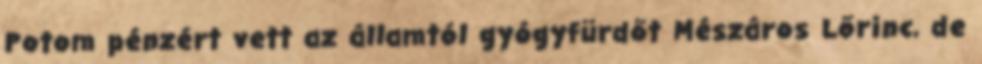
Potom pénzért vett az államtól gyógyfürdőt Mészáros Lőrinc, de